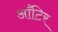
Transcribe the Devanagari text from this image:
आँटिर